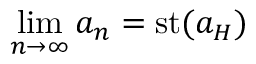
\operatorname* { l i m } _ { n \to \infty } a _ { n } = \operatorname { s t } ( a _ { H } )